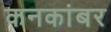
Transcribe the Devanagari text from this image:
कनकांबर